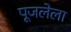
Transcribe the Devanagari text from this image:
पूजलेला